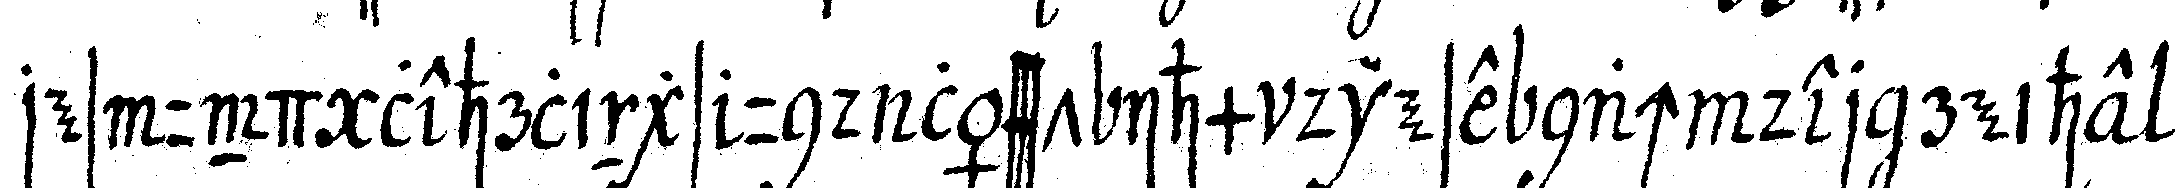
res und lehrlings und lässt ihm diese nach der reihe